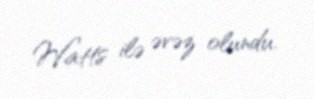
Watts ilə əvəz olundu.